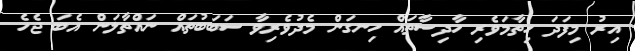
އިރު މިފަދަ ހިތާމަވެރި ހާދިސާތައް ހިނގަން މެދުވެރިވާ ސަބަބުތައް ނައްތާލަން އެބަ ޖެހެ